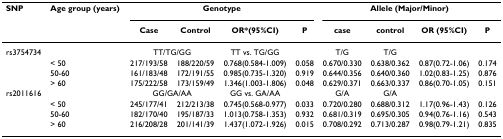
| SNP | Age group (years) | <COLSPAN=4> Genotype | <COLSPAN=4> Allele (Major/Minor) |
 |  |  | Case | Control | OR*(95%CI) | P | case | control | OR (95%CI) | P |
 | --- | --- | --- | --- | --- | --- | --- | --- | --- | --- |
 | rs3754734 |  | <COLSPAN=2> TT/TG/GG | TT vs. TG/GG |  | T/G | T/G |  |  |
 |  | < 50 | 217/193/58 | 188/220/59 | 0.768(0.584-1.009) | 0.058 | 0.670/0.330 | 0.638/0.362 | 0.87(0.72-1.06) | 0.174 |
 |  | 50-60 | 161/183/48 | 172/191/55 | 0.985(0.735-1.320) | 0.919 | 0.644/0.356 | 0.640/0.360 | 1.02(0.83-1.25) | 0.876 |
 |  | > 60 | 175/222/58 | 173/159/49 | 1.346(1.003-1.806) | 0.048 | 0.629/0.371 | 0.663/0.337 | 0.86(0.70-1.05) | 0.151 |
 | rs2011616 |  | <COLSPAN=2> GG/GA/AA | GG vs. GA/AA |  | G/A | G/A |  |  |
 |  | < 50 | 245/177/41 | 212/213/38 | 0.745(0.568-0.977) | 0.033 | 0.720/0.280 | 0.688/0.312 | 1.17(0.96-1.43) | 0.126 |
 |  | 50-60 | 182/170/40 | 195/187/33 | 1.013(0.758-1.353) | 0.932 | 0.681/0.319 | 0.695/0.305 | 0.94(0.76-1.16) | 0.543 |
 |  | > 60 | 216/208/28 | 201/141/39 | 1.437(1.072-1.926) | 0.015 | 0.708/0.292 | 0.713/0.287 | 0.98(0.79-1.21) | 0.835 |